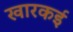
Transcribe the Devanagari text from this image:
खारकई